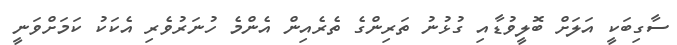
ސާގިބަކީ އަލަށް ބޮލީވުޑާއި ގުޅުނު ތަރިންގެ ތެރެއިން އެންމެ ހުނަރުވެރި އެކަކު ކަމަށްވަނީ